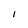
Character: i